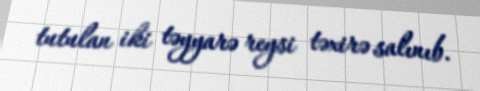
tutulan iki təyyarə reysi təxirə salınıb.